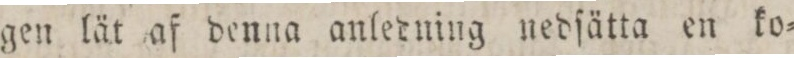
gen lät af denna anledning nedſätta en ko=